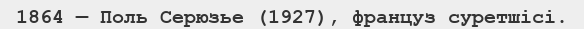
1864 — Поль Серюзье (1927), француз суретшісі.